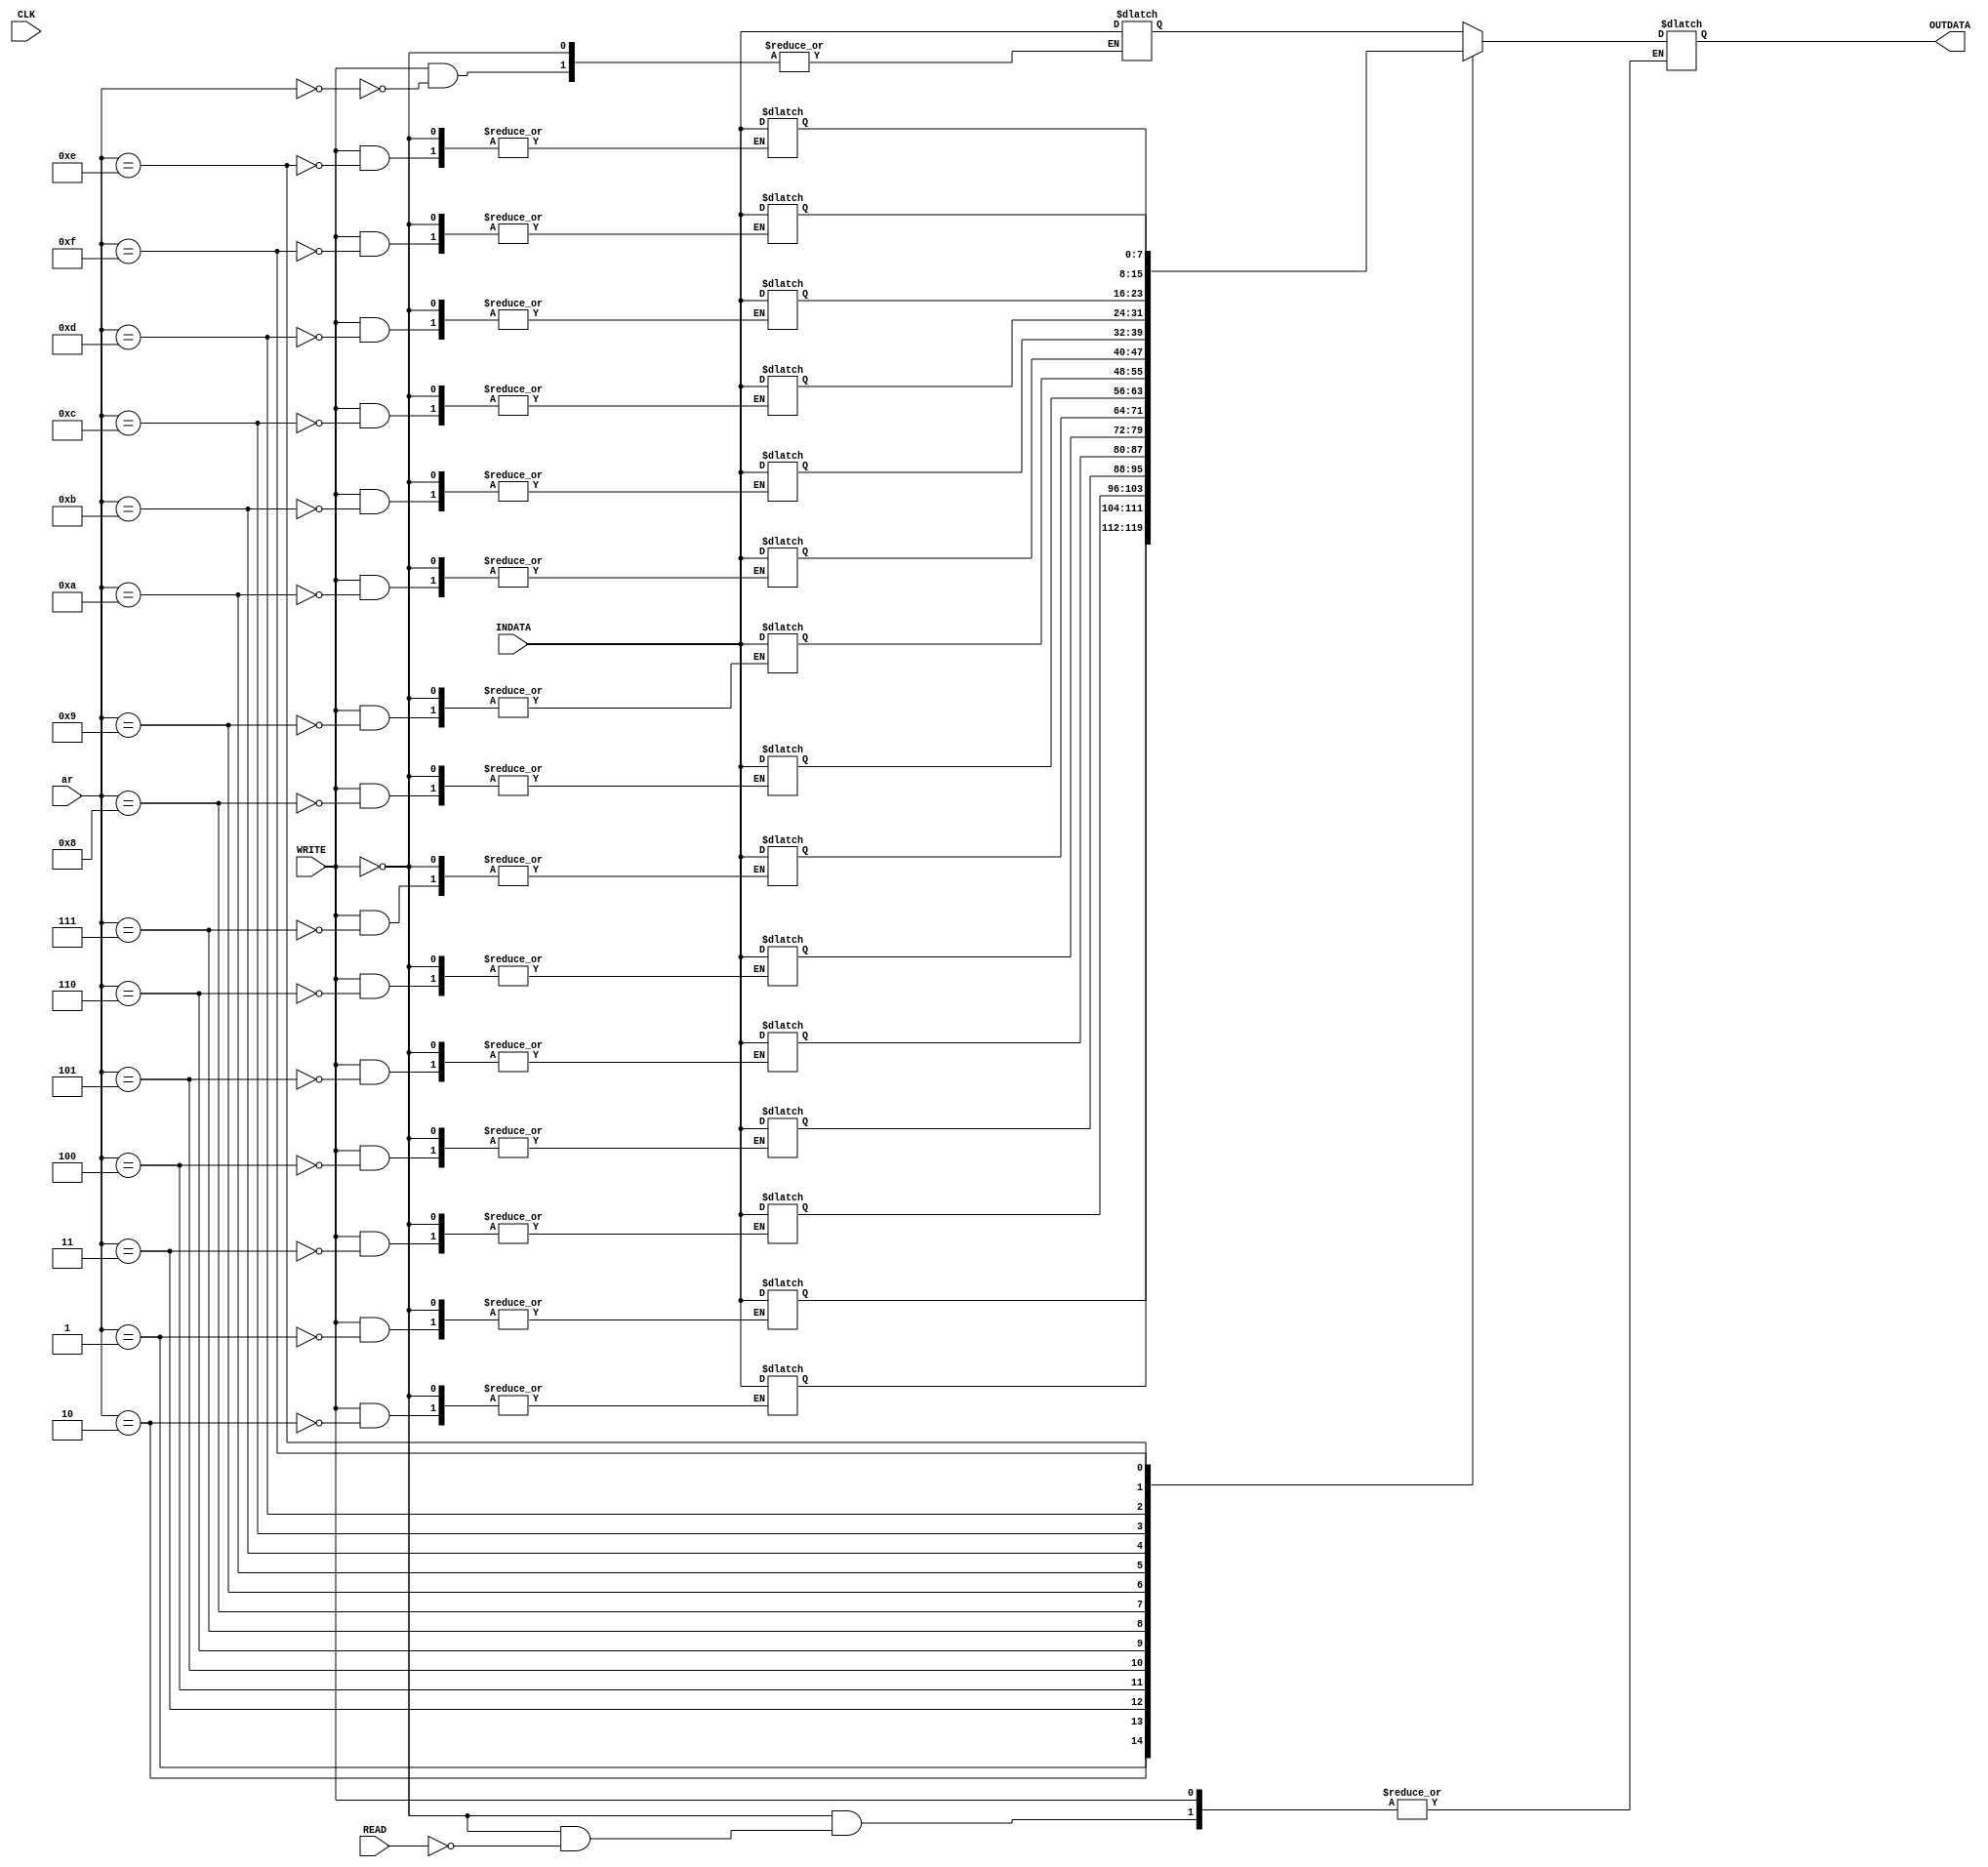
module memory (CLK,READ,ar,WRITE,INDATA,OUTDATA );
    input CLK,READ,WRITE;
    input [7:0]INDATA;
    input [3:0] ar;
    output reg [7:0] OUTDATA;
    
    reg [7:0] RAM [15:0];
        
   initial
         begin
         
           RAM[0] = 8'h2f ;
           RAM[1] = 8'h0e ;
           RAM[2] = 8'h1d ;
           RAM[3] = 8'h74 ;
           RAM[4] = 8'h78 ;
           RAM[5] = 8'h72 ;
           RAM[6] = 8'h71 ;
           RAM[7] = 8'h00 ;
           RAM[8] = 8'h00 ;
           RAM[9] = 8'h00 ;
           RAM[10]= 8'h00 ;
           RAM[11]= 8'h00 ;
           RAM[12]= 8'h00 ;
           RAM[13]= 8'h2f ;
           RAM[14]= 8'hb9 ;
           RAM[15]= 8'h45 ;
      
       
       
    // $readmemh("A:\INSTRUCTIONS.txt",RAM);
    end
    
   always @ *
    begin
        if (WRITE)
            RAM[ar] <= INDATA;
        else if(READ)
            OUTDATA = RAM[ar];
        end

endmodule